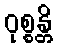
ဝုစ္စန္တိ